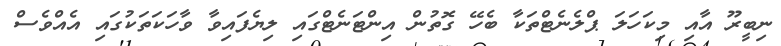
ނިބީރޫ އާއި މިކަހަލަ ޕްލެނެޓްތަކާ ބެހޭ ގޮތުން އިންޓަނެޓްގައި ލިޔެފައިވާ ވާހަކަތަކުގައި އެއްވެސް